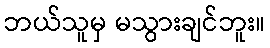
ဘယ်သူမှ မသွားချင်ဘူး။